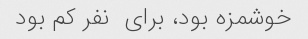
خوشمزه بود، برای  نفر کم بود